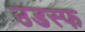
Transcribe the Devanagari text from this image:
उडस्फ